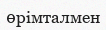
өрімталмен